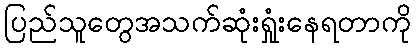
ပြည်သူတွေအသက်ဆုံးရှုံးနေရတာကို